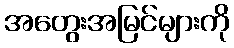
အတွေးအမြင်များကို